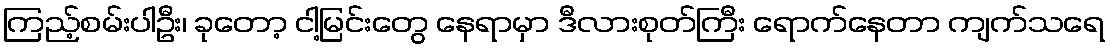
ကြည့်စမ်းပါဦး၊ ခုတော့ ငါ့မြင်းတွေ နေရာမှာ ဒီလားစုတ်ကြီး ရောက်နေတာ ကျက်သရေ